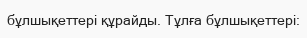
бұлшықеттері құрайды. Тұлға бұлшықеттері: